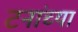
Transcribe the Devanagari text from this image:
टनांच्या